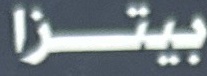
بيتزا